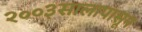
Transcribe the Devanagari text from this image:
२००३सालापासून